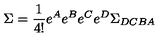
\Sigma = \frac { 1 } { 4 ! } e ^ { A } e ^ { B } e ^ { C } e ^ { D } \Sigma _ { D C B A }